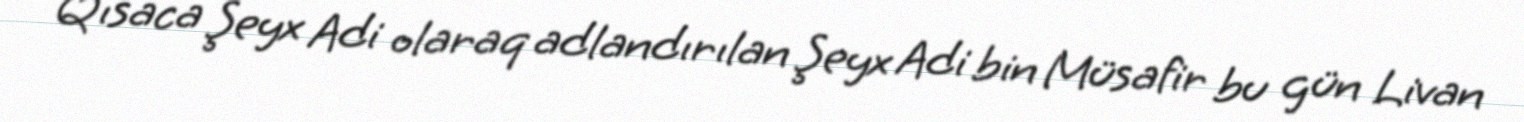
Qısaca Şeyx Adi olaraq adlandırılan Şeyx Adi bin Müsafir bu gün Livan